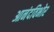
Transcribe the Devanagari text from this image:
आनंदविभोर